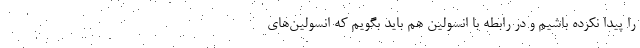
را پیدا نکرده باشیم و در رابطه با انسولین هم باید بگویم که انسولین‌های